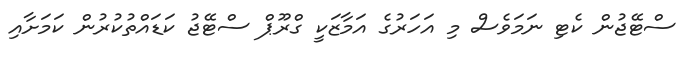
ސްޓޭޖުން ކެޓި ނަމަވެސް މި އަހަރުގެ އަމާޒަކީ ގްރޫޕް ސްޓޭޖު ކަޑައްތުކުރުން ކަމަށާއި